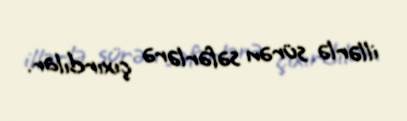
illərlə sürən səfərlərə çıxırdılar.